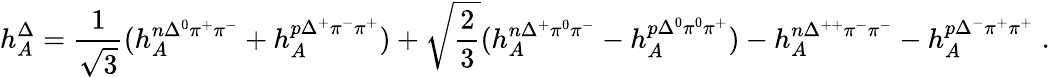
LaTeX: h_{A}^{\Delta}={\frac{1}{\sqrt{3}}}(h_{A}^{n\Delta^{0}\pi^{+}\pi^{-}}+h_{A}^{p\Delta^{+}\pi^{-}\pi^{+}})+\sqrt{\frac{2}{3}}(h_{A}^{n\Delta^{+}\pi^{0}\pi^{-}}-h_{A}^{p\Delta^{0}\pi^{0}\pi^{+}})-h_{A}^{n\Delta^{++}\pi^{-}\pi^{-}}-h_{A}^{p\Delta^{-}\pi^{+}\pi^{+}}\; .